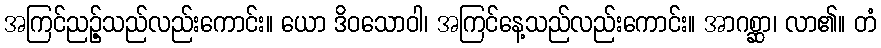
အကြင်ညဉ့်သည်လည်းကောင်း။ ယော ဒိဝသောဝါ၊ အကြင်နေ့သည်လည်းကောင်း။ အာဂစ္ဆာ၊ လာ၏။ တံ